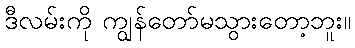
ဒီလမ်းကို ကျွန်တော်မသွားတော့ဘူး။